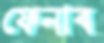
ফেনাব